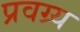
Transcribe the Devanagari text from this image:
प्रवग्र्य